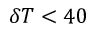
\delta T < 4 0